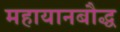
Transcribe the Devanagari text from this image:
महायानबौद्ध